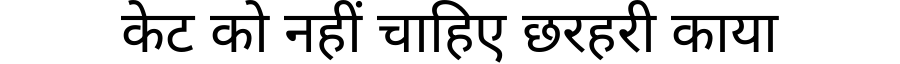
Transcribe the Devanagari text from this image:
केट को नहीं चाहिए छरहरी काया